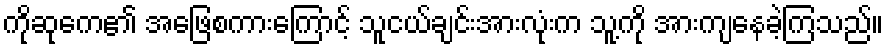
ကိုဆုကေ၏ အဖြေစကားကြောင့် သူငယ်ချင်းအားလုံးက သူ့ကို အားကျနေခဲ့ကြသည်။